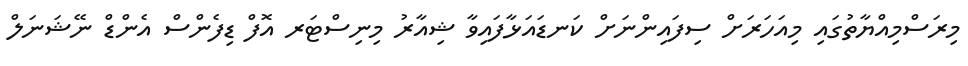
މިރަސްމިއްޔާތުގައި މިއަހަރަށް ސިފައިންނަށް ކަނޑައަޅާފައިވާ ޝިއާރު މިނިސްޓަރ އޮފް ޑިފެންސް އެންޑް ނޭޝަނަލް